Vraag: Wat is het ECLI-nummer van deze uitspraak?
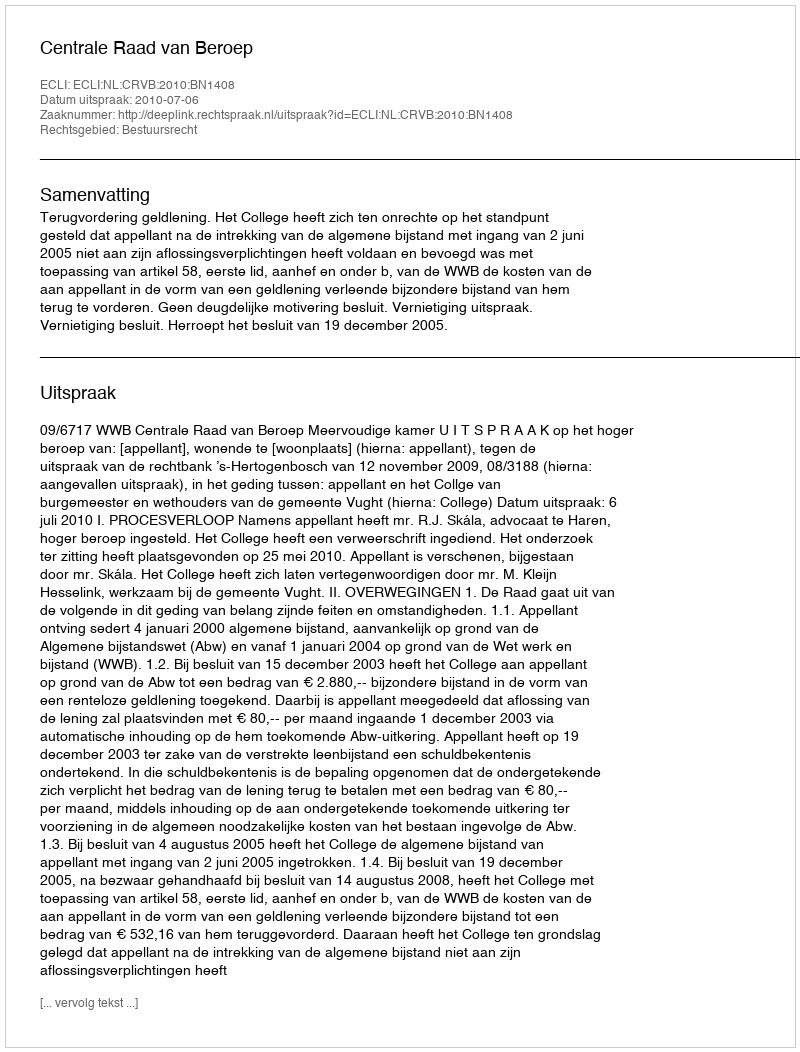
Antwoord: ECLI:NL:CRVB:2010:BN1408